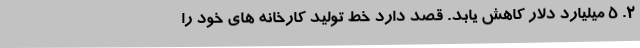
2. 5 میلیارد دلار کاهش یابد. قصد دارد خط تولید کارخانه های خود را